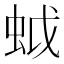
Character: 𧊎